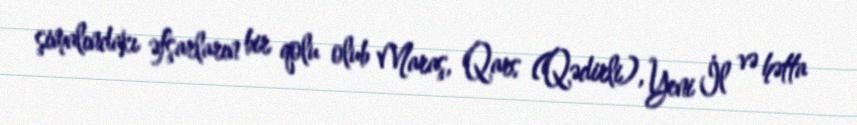
şimalındakı əfşarların bir qolu olub Maraş, Qars (Qədirli), Yeni İl və hətta